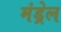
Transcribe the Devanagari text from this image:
मंड्रेल